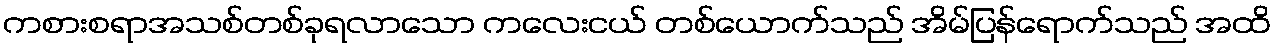
ကစားစရာအသစ်တစ်ခုရလာသော ကလေးငယ် တစ်ယောက်သည် အိမ်ပြန်ရောက်သည် အထိ